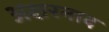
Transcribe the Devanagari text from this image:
अक्षरनाद